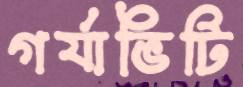
গর্যাভিটি